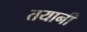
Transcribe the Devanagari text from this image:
तयानी